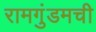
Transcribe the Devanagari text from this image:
रामगुंडमची